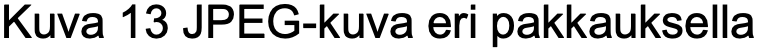
Kuva 13 JPEG-kuva eri pakkauksella